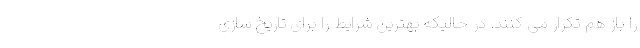
را باز هم تکرار می کنند. در حالیکه بهترین شرایط را برای تاریخ سازی